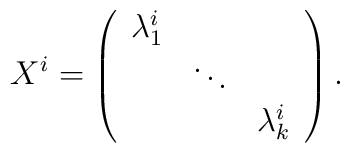
X^i = \left( \begin{array}{ccc} \lambda_1^i &   &   \\				  & \ddots  &       \\				  &  & \lambda_k^i  \end{array} \right).